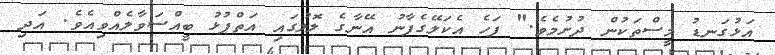
އަޅުގަނޑު މީސްތަކުން ދުށުމެވެ." ފަހެ އެކަލޭގެފާނު އޭނާގެ ލޮލުގައި އަތްޕުޅު ބީއްސަވާލެއްވިއެވެ. އަދި